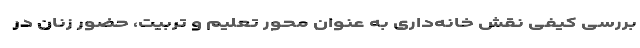
بررسی کیفی نقش خانه‌داری به عنوان محور تعلیم و تربیت، حضور زنان در